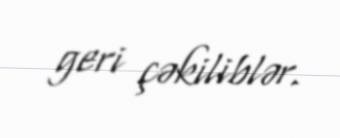
geri çəkiliblər.